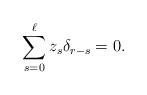
LaTeX: \begin{align*}\sum_{s=0}^{\ell} z_s \delta_{r-s} = 0.\end{align*}